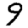
Digit: 9